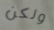
ولكن